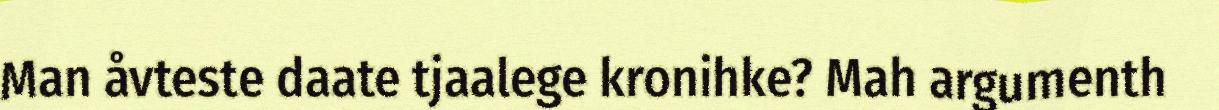
Man åvteste daate tjaalege kronihke? Mah argumenth